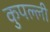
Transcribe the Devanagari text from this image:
कुपल्ली